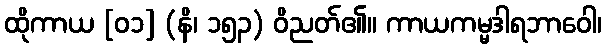
ထိုကာယ [၀၁] (နိ၊ ၁၅၃) ဝိညတ်၏။ ကာယကမ္မဒါရဘာဝေါ၊